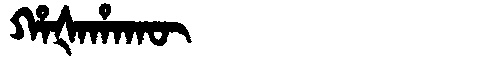
Manchu: ᡥᠠᡧᠠᡥᠠᡴᡡ
Romanization: HAŠAHAKŪ